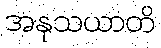
အနုသယာတိ